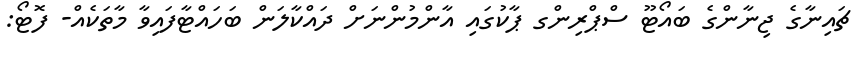
ޗައިނާގެ ޖިނާންގެ ބައޯޓޫ ސްޕްރިންގ ޕާކުގައި އާންމުންނަށް ދައްކާލަން ބަހައްޓާފައިވާ މާތަކެއް- ފޮޓޯ: